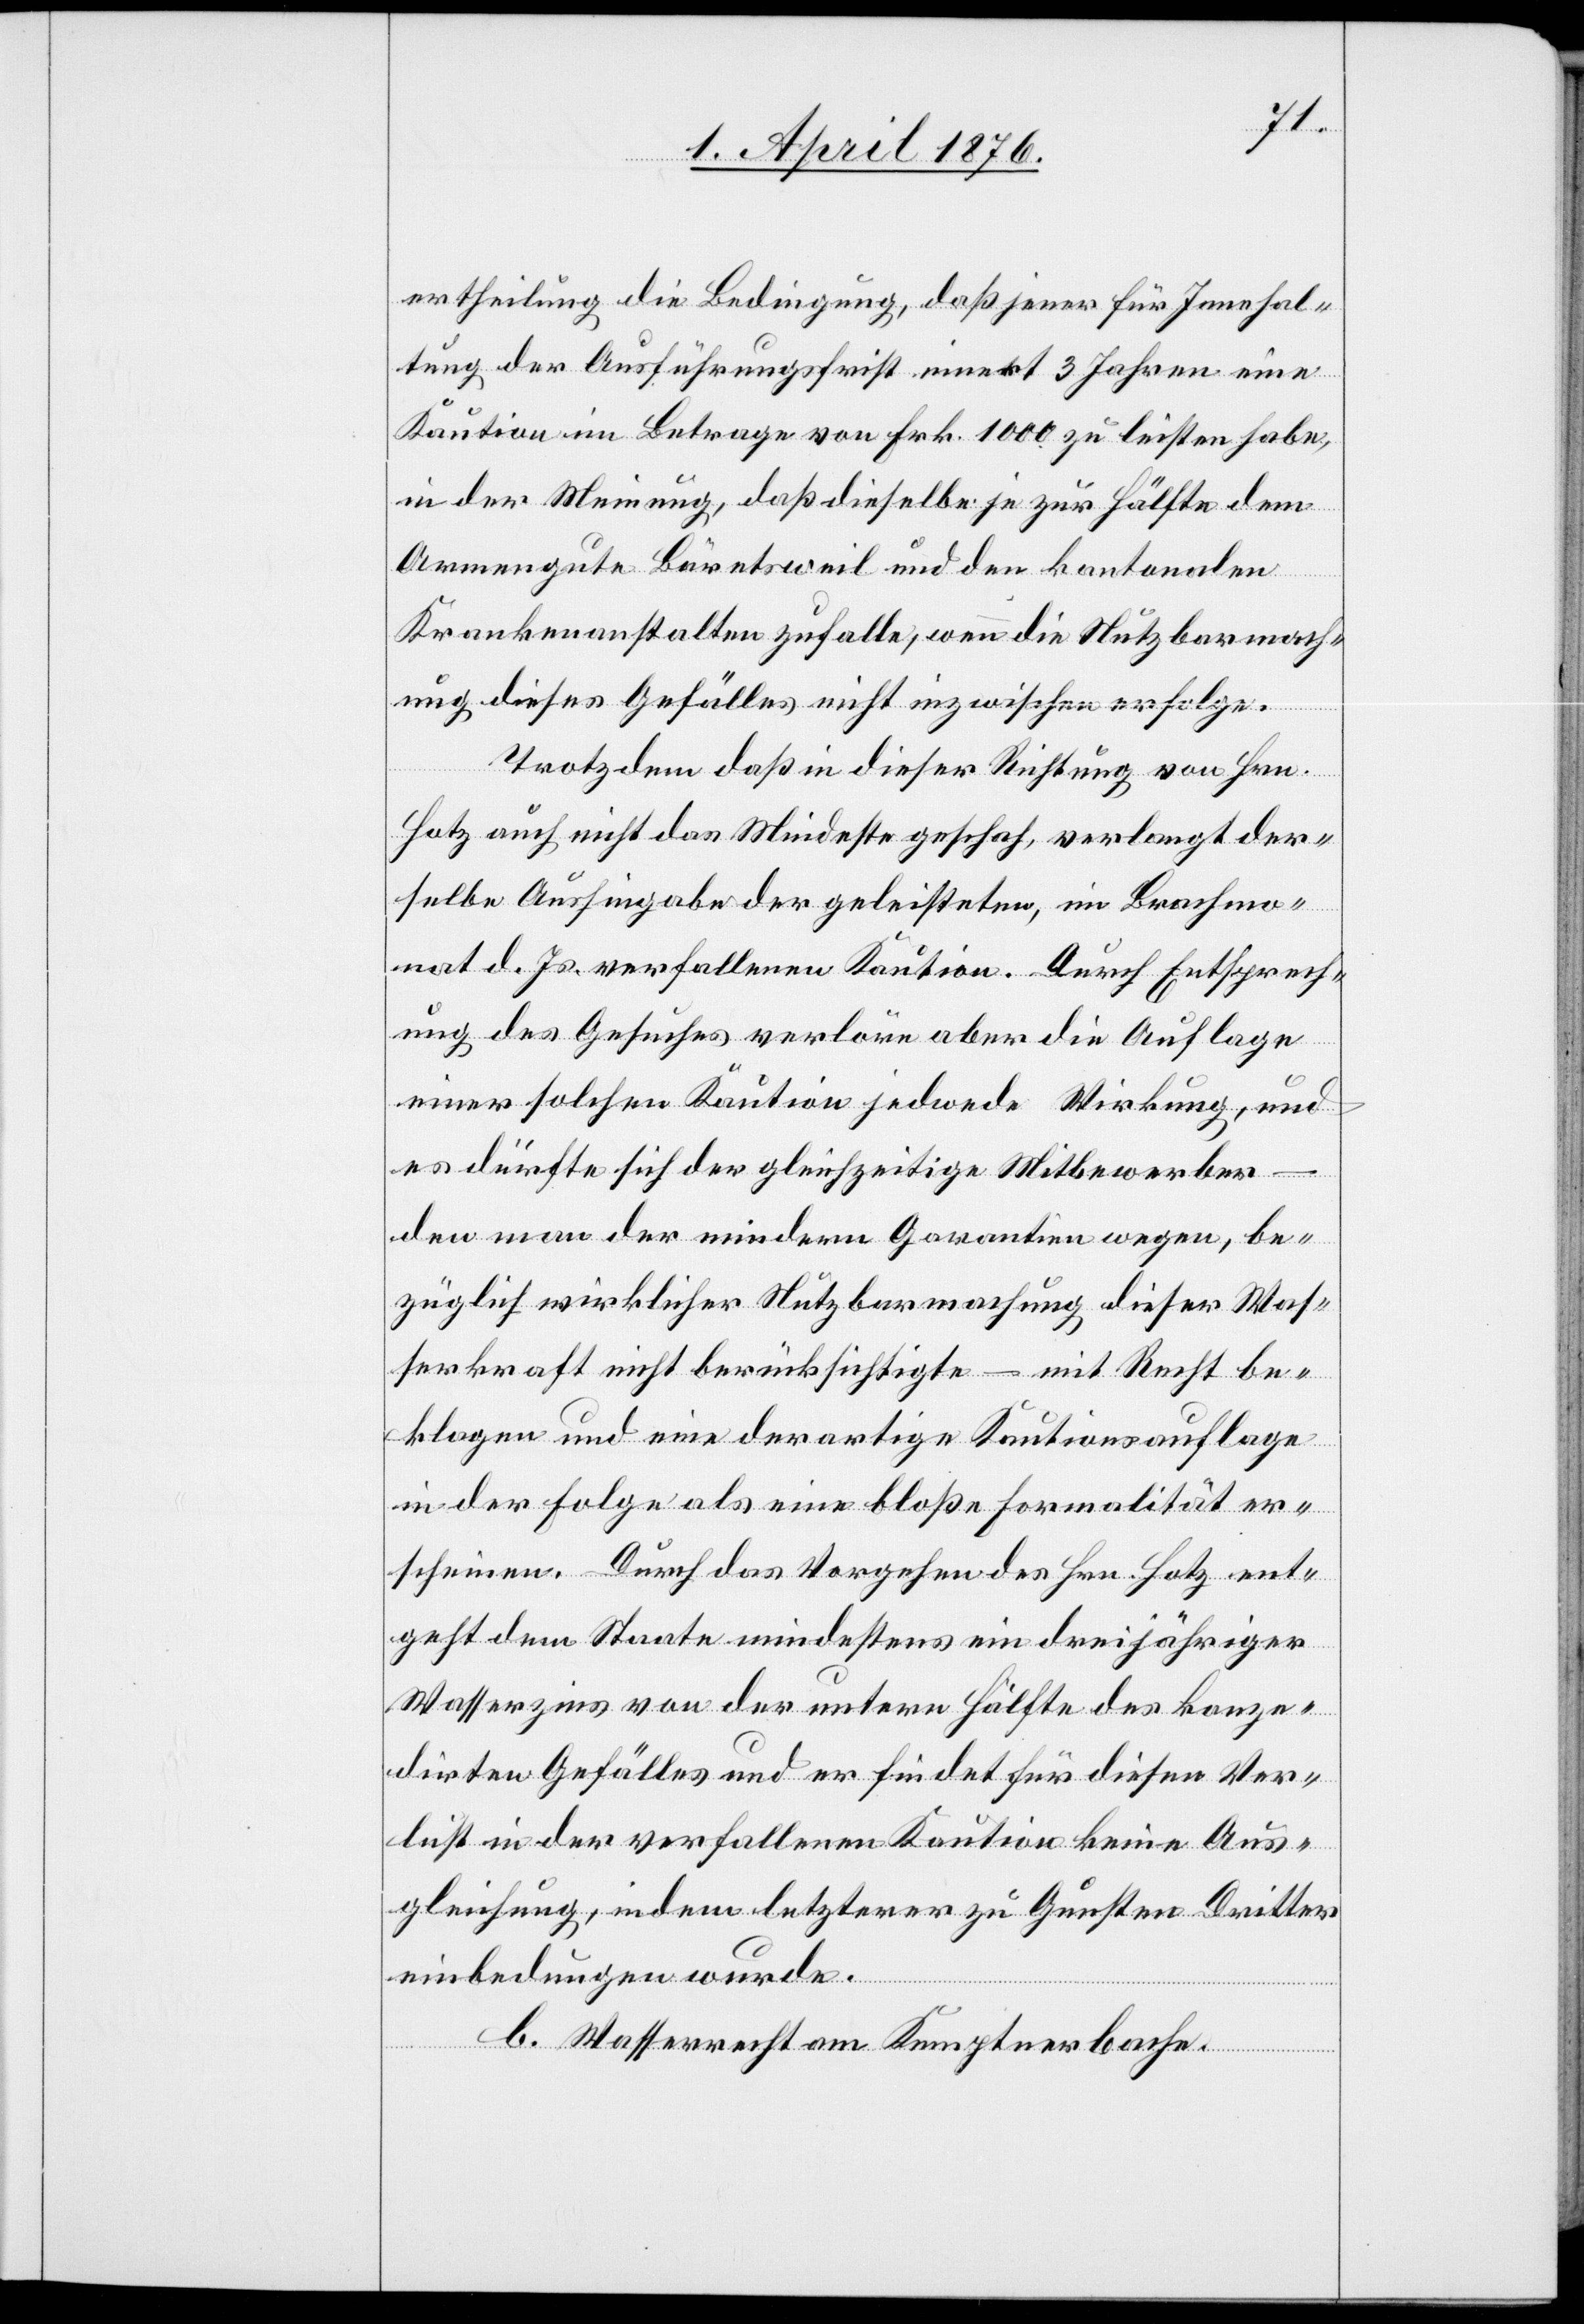
ertheilung die Bedingung, daß jener für Innehal¬
tung der Ausführungsfrist innert 3 Jahren eine
Kaution im Betrage von Frk. 1000 zu leisten habe,
in der Meinung, daß dieselbe je zur Hälfte dem
Armengute Bäretsweil und den kantonalen
Krankenanstalten zufalle, wenn die Nutzbarmach¬
ung dieses Gefälles nicht inzwischen erfolge.
Trotzdem daß in dieser Richtung von Hrn.
Hotz auch nicht das Mindeste geschah, verlangt der¬
selbe Aushingabe der geleisteten, im Brachmo¬
nat d. Js. verfallenen Kaution. Durch Entsprech¬
ung des Gesuches verlöre aber die Auflage
einer solchen Kaution jedwede Wirkung, und
es dürfte sich der gleichzeitige Mitbewerber
–
den man der minderen Garantien wegen, be¬
züglich wirklicher Nutzbarmachung dieser Was¬
serkraft nicht berücksichtigte – mit Recht be¬
klagen und eine derartige Kautionsauflage
in der Folge als eine bloße Formalität er¬
scheinen. Durch das Vorgehen des Hrn. Hotz ent¬
geht dem Staate mindestens ein dreijähriger
Wasserzins von der untern Hälfte des konze¬
dirten Gefälles und er findet für diesen Ver¬
lust in der verfallenen Kaution keine Aus¬
gleichung, indem letzterer zu Gunsten Dritter
einbedungen wurde.
b. Wasserrecht am Kemptnerbache.